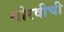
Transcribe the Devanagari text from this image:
थोरवीची